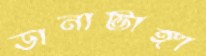
ডানাভাঙ্গা